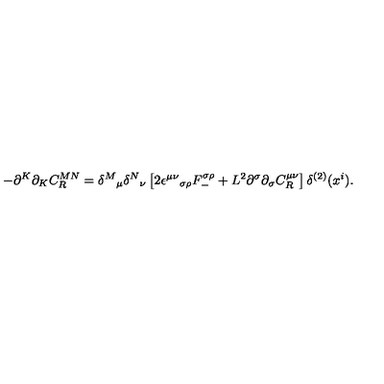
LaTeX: - \partial ^ { K } \partial _ { K } C _ { R } ^ { M N } = { \delta ^ { M } } _ { \mu } { \delta ^ { N } } _ { \nu } \left[ 2 \epsilon ^ { \mu \nu } { } _ { \sigma \rho } F _ { - } ^ { \sigma \rho } + L ^ { 2 } \partial ^ { \sigma } \partial _ { \sigma } C _ { R } ^ { \mu \nu } \right] \delta ^ { ( 2 ) } ( x ^ { i } ) .